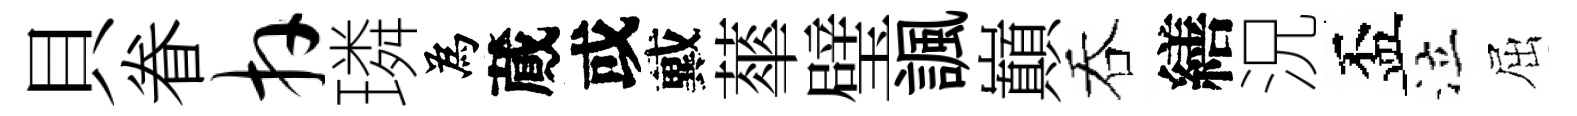
貝眷卉璘為蕆或戴蕐璧諷巔吞繕況盃泣屈